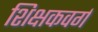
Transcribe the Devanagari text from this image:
शिक्षकवर्ग